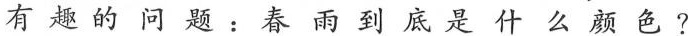
有趣的问题：春雨到底是什么颜色？